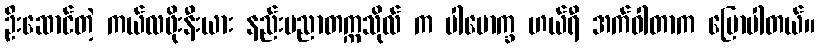
ဦးဆောင်တဲ့ ကယ်လဖိုးနီးယား နည်းပညာတက္ကသိုလ် က ပါမောက္ခ ဟယ်ရီ အက်ဝါတာက ပြောပါတယ်။